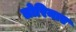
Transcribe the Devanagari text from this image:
लोरिनाए